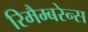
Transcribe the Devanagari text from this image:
रिमैम्बरेन्स